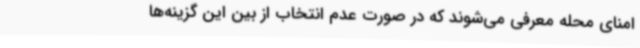
امنای محله معرفی می‌شوند که در صورت عدم انتخاب از بین این گزینه‌ها